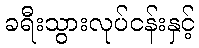
ခရီးသွားလုပ်ငန်းနှင့်